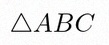
\triangle ABC